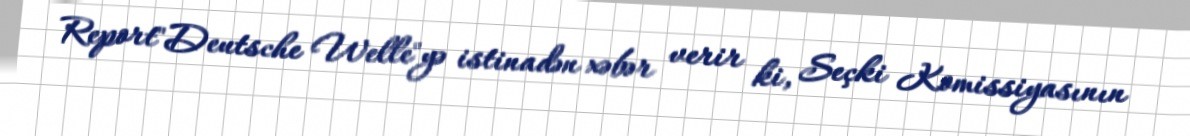
Report"Deutsche Welle"yə istinadən xəbər verir ki, Seçki Komissiyasının